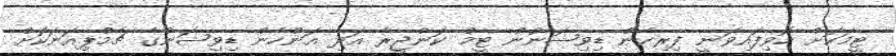
ޓީމަކަށް ހޮވިފައިވަނީ ފިރިހެން ޑިވިޝަނުން ޓީމް ކަންޖީރާ އަދި އަންހެން ޑިވިޝަނުގެ ޗެމްޕިއަނަކަށް